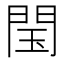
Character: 閠